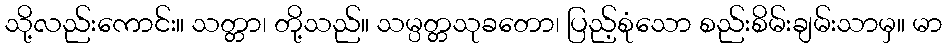
သို့လည်းကောင်း။ သတ္တာ၊ တို့သည်။ သမ္ပတ္တသုခတော၊ ပြည့်စုံသော စည်းစိမ်းချမ်းသာမှ။ မာ